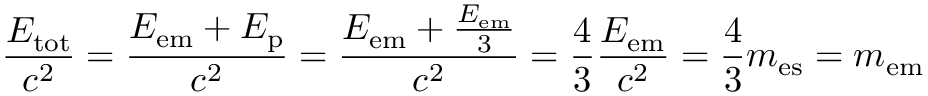
{ \frac { E _ { \mathrm { t o t } } } { c ^ { 2 } } } = { \frac { E _ { \mathrm { e m } } + E _ { \mathrm { p } } } { c ^ { 2 } } } = { \frac { E _ { \mathrm { e m } } + { \frac { E _ { \mathrm { e m } } } { 3 } } } { c ^ { 2 } } } = { \frac { 4 } { 3 } } { \frac { E _ { \mathrm { e m } } } { c ^ { 2 } } } = { \frac { 4 } { 3 } } m _ { \mathrm { e s } } = m _ { \mathrm { e m } }